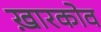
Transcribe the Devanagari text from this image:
ख़ारकोव